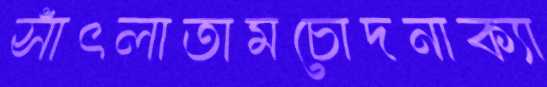
সাঁৎলাতামচোদনাক্যা